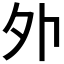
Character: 𡖄